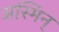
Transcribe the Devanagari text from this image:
अस्मिन्